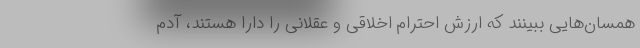
همسان‌هایی ببینند که ارزش احترام اخلاقی و عقلانی را دارا هستند، آدم